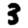
Digit: 3